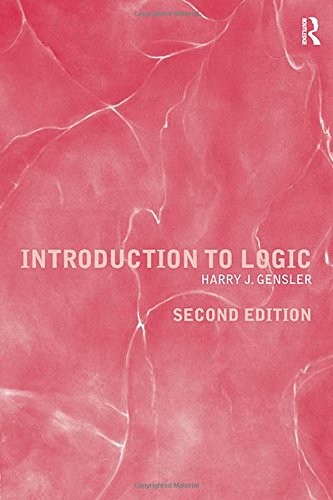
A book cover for Introduction to Logic; Harry J. Gensler; Politics & Social Sciences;